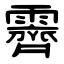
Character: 霽